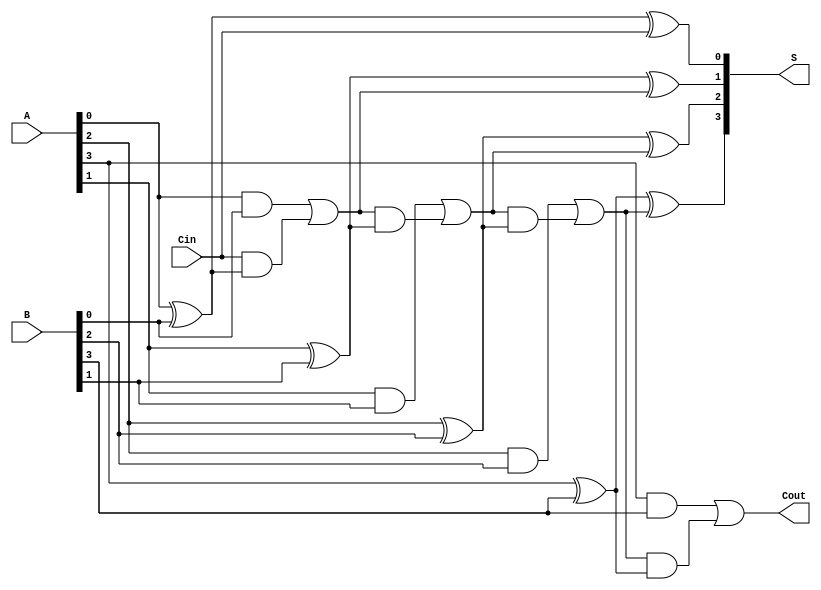
module conditional_sum_adder #(parameter N = 4) (
    input  wire [N-1:0] A,     // First n-bit input
    input  wire [N-1:0] B,     // Second n-bit input
    input  wire Cin,            // Carry-in
    output wire [N-1:0] S,      // n-bit sum output
    output wire Cout            // Carry-out
);

    wire [N:0] carry;           // Carry signals
    wire [N-1:0] sum;           // Intermediate sum outputs

    // Half Adder for the least significant bit
    assign sum[0] = A[0] ^ B[0] ^ Cin; // Sum for LSB
    assign carry[0] = (A[0] & B[0]) | (Cin & (A[0] ^ B[0])); // Carry for LSB

    // Full Adders for the remaining bits
    genvar i;
    generate
        for (i = 1; i < N; i = i + 1) begin : full_adders
            assign sum[i] = A[i] ^ B[i] ^ carry[i-1]; // Sum for each bit
            assign carry[i] = (A[i] & B[i]) | (carry[i-1] & (A[i] ^ B[i])); // Carry for each bit
        end
    endgenerate

    // Final carry-out
    assign Cout = carry[N-1];

    // Final sum output
    assign S = sum;

endmodule